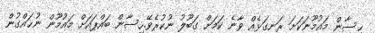
ޙިސާން މައުމޫނަކަށަ ރަނގަޅެއް ވާނެ ކަމަށް ގަބޫލު ނުކުރެވޭ.ހިސާން ބައްޕައަށް މައުމޫން ނުޙައްގުން